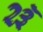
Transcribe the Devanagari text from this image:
२३ॅ